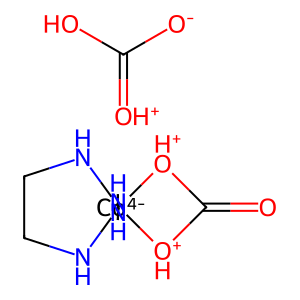
SMILES: O=C1[OH+][Co-4]23(NCCN2)(NCCN3)[OH+]1.[O-]C(O)=[OH+]
Inhibits HIV replication: No